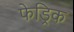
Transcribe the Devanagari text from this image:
फेड्रिक